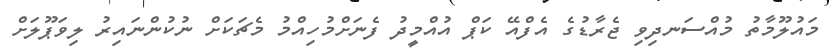
މައުލޫމާތު މުއްސަނދިވި ޖެރާޑުގެ އެފްއޭ ކަޕް އުއްމީދު ފެނަށްމުހިއްމު މެޗަކަށް ނުކުންނައިރު ލިވަޕޫލަށް